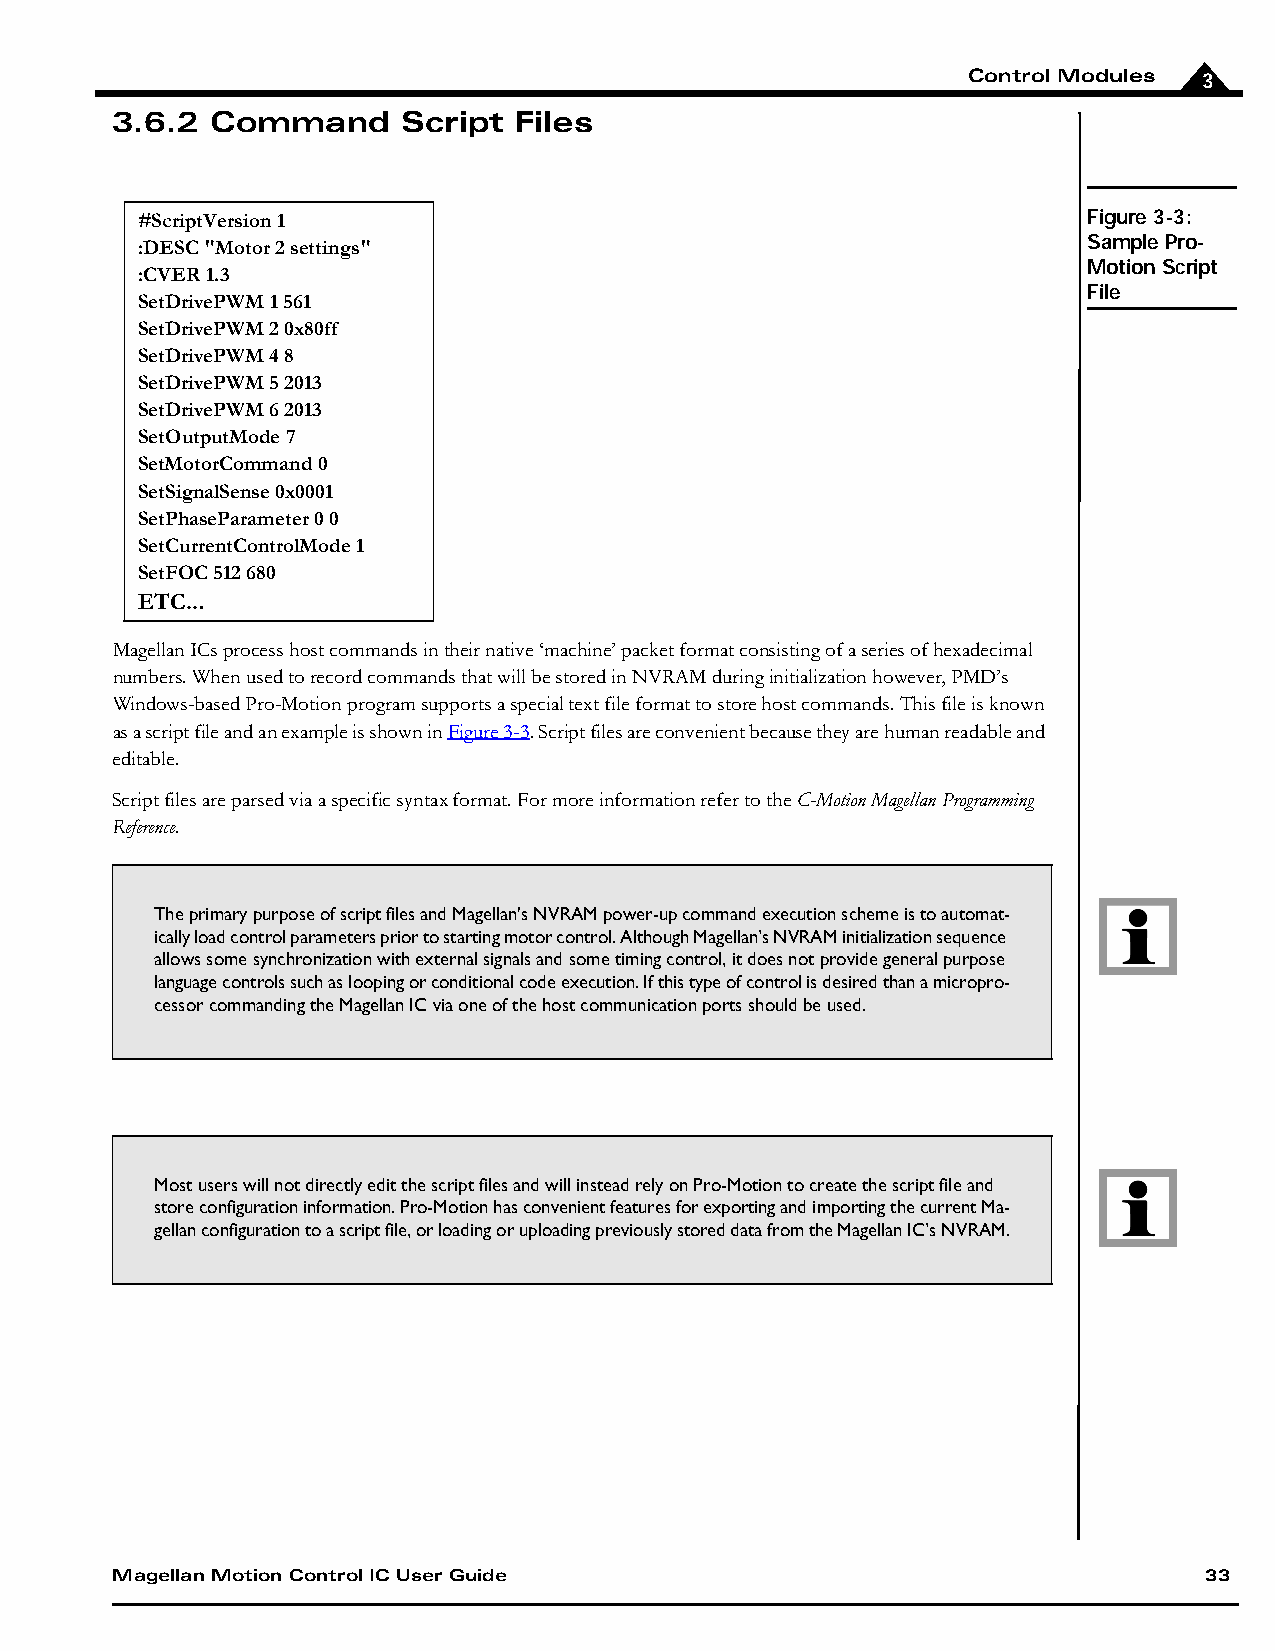
Control Modules 3
 3.6.2  Command      Script Files
 #ScriptVersion 1                                               Figure 3-3:
 :DESC "Motor 2 settings"                                       Sample Pro-
 Motion Script
 :CVER 1.3
 File
 SetDrivePWM 1 561
 SetDrivePWM 2 0x80ff
 SetDrivePWM 4 8
 SetDrivePWM 5 2013
 SetDrivePWM 6 2013
 SetOutputMode 7
 SetMotorCommand 0
 SetSignalSense 0x0001
 SetPhaseParameter 0 0
 SetCurrentControlMode 1
 SetFOC 512 680
 ETC...
 Magellan ICs process host commands in their native ‘machine’ packet format consisting of a series of hexadecimal
 numbers. When used to record commands that will be stored in NVRAM during initialization however, PMD’s
 Windows-based Pro-Motion program supports a special text file format to store host commands. This file is known
 as a script file and an example is shown in Figure 3-3. Script files are convenient because they are human readable and
 editable.
 Script files are parsed via a specific syntax format. For more information refer to the C-Motion Magellan Programming
 Reference.
 The primary purpose of script files and Magellan's NVRAM power-up command execution scheme is to automat-
 ically load control parameters prior to starting motor control. Although Magellan’s NVRAM initialization sequence
 allows some synchronization with external signals and some timing control, it does not provide general purpose
 language controls such as looping or conditional code execution. If this type of control is desired than a micropro-
 cessor commanding the Magellan IC via one of the host communication ports should be used.
 Most users will not directly edit the script files and will instead rely on Pro-Motion to create the script file and
 store configuration information. Pro-Motion has convenient features for exporting and importing the current Ma-
 gellan configuration to a script file, or loading or uploading previously stored data from the Magellan IC’s NVRAM.
 Magellan Motion Control IC User Guide                                    33